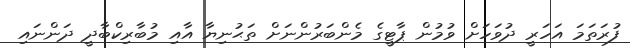
ފުރަތަމަ އަހަރީ ދުވަހަށް ވުމުން ޕާޓީގެ މެންބަރުންނަށް ތަޙުނިޔާ އާއި މުބާރިކްބާދީ ދަންނައި